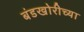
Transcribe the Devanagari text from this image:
बंडखोरीच्या